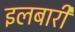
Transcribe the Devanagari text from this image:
इलबारी